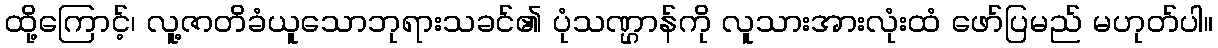
ထို့ကြောင့်၊ လူ့ဇာတိခံယူသောဘုရားသခင်၏ ပုံသဏ္ဌာန်ကို လူသားအားလုံးထံ ဖော်ပြမည် မဟုတ်ပါ။